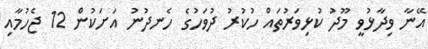
އޭނާ ވިދާޅުވީ މޫދު ކުޅިވަރުތައް ހުކުރު ދުވަހުގެ ހެނދުނު އަށަކުން 12 ޖެހުމާއި